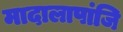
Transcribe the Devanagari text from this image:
मादालापांजि